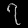
Digit: ၇